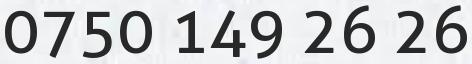
0750 149 26 26